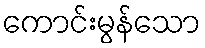
ကောင်းမွန်သော